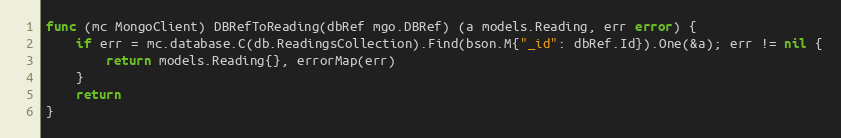
Language: Go
func (mc MongoClient) DBRefToReading(dbRef mgo.DBRef) (a models.Reading, err error) {
	if err = mc.database.C(db.ReadingsCollection).Find(bson.M{"_id": dbRef.Id}).One(&a); err != nil {
		return models.Reading{}, errorMap(err)
	}
	return
}